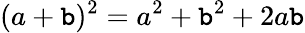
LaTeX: (a+\mathtt{b})^{2}=a^{2}+\mathtt{b}^{2}+2a\mathtt{b}